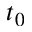
t _ { 0 }